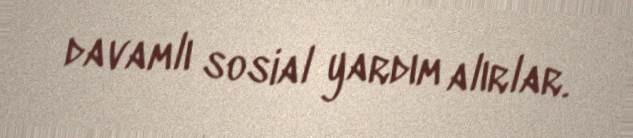
davamlı sosial yardım alırlar.